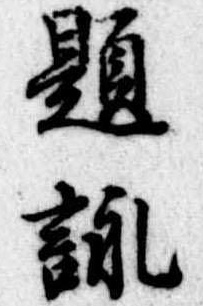
題詠